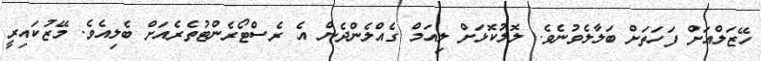
ހޭޒަލްއަށް ފަހަތަށް ބަލާލެވުނެވެ. ލޮލުކޮޅަށް ލިއަމް ގެއްލެންދެން އެ ރެސްޓޯރެންޓުތެރެއަށް ބެލިއެވެ. މޭޒުކައިރީ